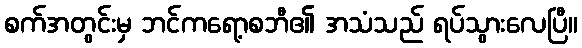
စက်အတွင်းမှ ဘင်ကရော့စဘီ၏ အသံသည် ရပ်သွားလေပြီ။